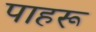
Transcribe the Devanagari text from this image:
पाहरू